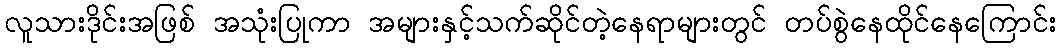
လူသားဒိုင်းအဖြစ် အသုံးပြုကာ အများနှင့်သက်ဆိုင်တဲ့နေရာများတွင် တပ်စွဲနေထိုင်နေကြောင်း